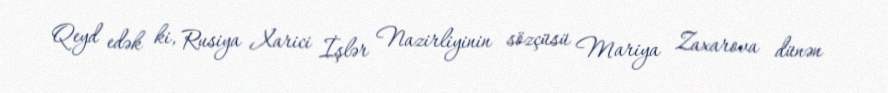
Qeyd edək ki, Rusiya Xarici İşlər Nazirliyinin sözçüsü Mariya Zaxarova dünən